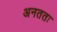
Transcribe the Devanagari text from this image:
अनततः